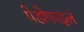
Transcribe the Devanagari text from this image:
पेडोफाइल